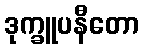
ဒုက္ခူပနီတော